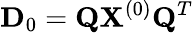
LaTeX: {\mathbf D}_{0}={\mathbf Q}{\mathbf X}^{(0)}{\mathbf Q}^{T}